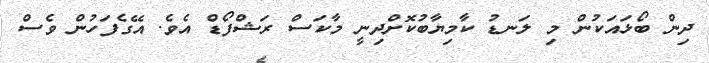
ދިން ބޯޅައަކުން މި ލަނޑު ކާމިޔާބުކޮށްދިނީ މާކަސް ރަޝްފޯޑް އެވެ. އޭގެފަހުން ވެސް